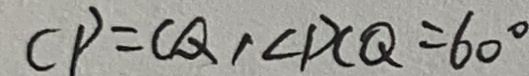
C P = C Q , \angle D C Q = 6 0 ^ { \circ }